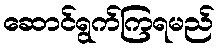
ဆောင်ရွက်ကြရမည်